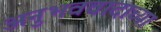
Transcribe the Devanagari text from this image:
अनुभववादाच्या